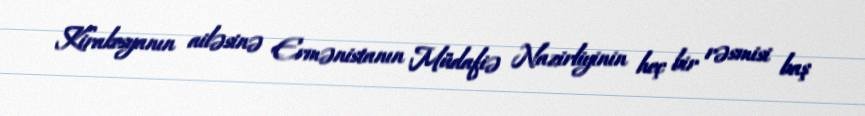
Kirakosyanın ailəsinə Ermənistanın Müdafiə Nazirliyinin heç bir rəsmisi baş